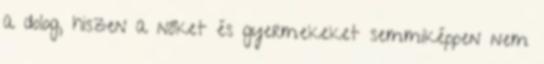
a dolog, hiszen a nőket és gyermekeket semmiképpen nem